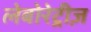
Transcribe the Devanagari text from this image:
लेबोरेट्रीज़